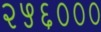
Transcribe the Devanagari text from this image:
२५६०००